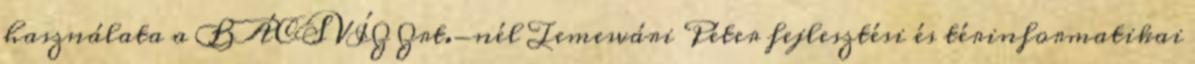
használata a BÁCSVÍZ Zrt.-nél Temesvári Péter fejlesztési és térinformatikai